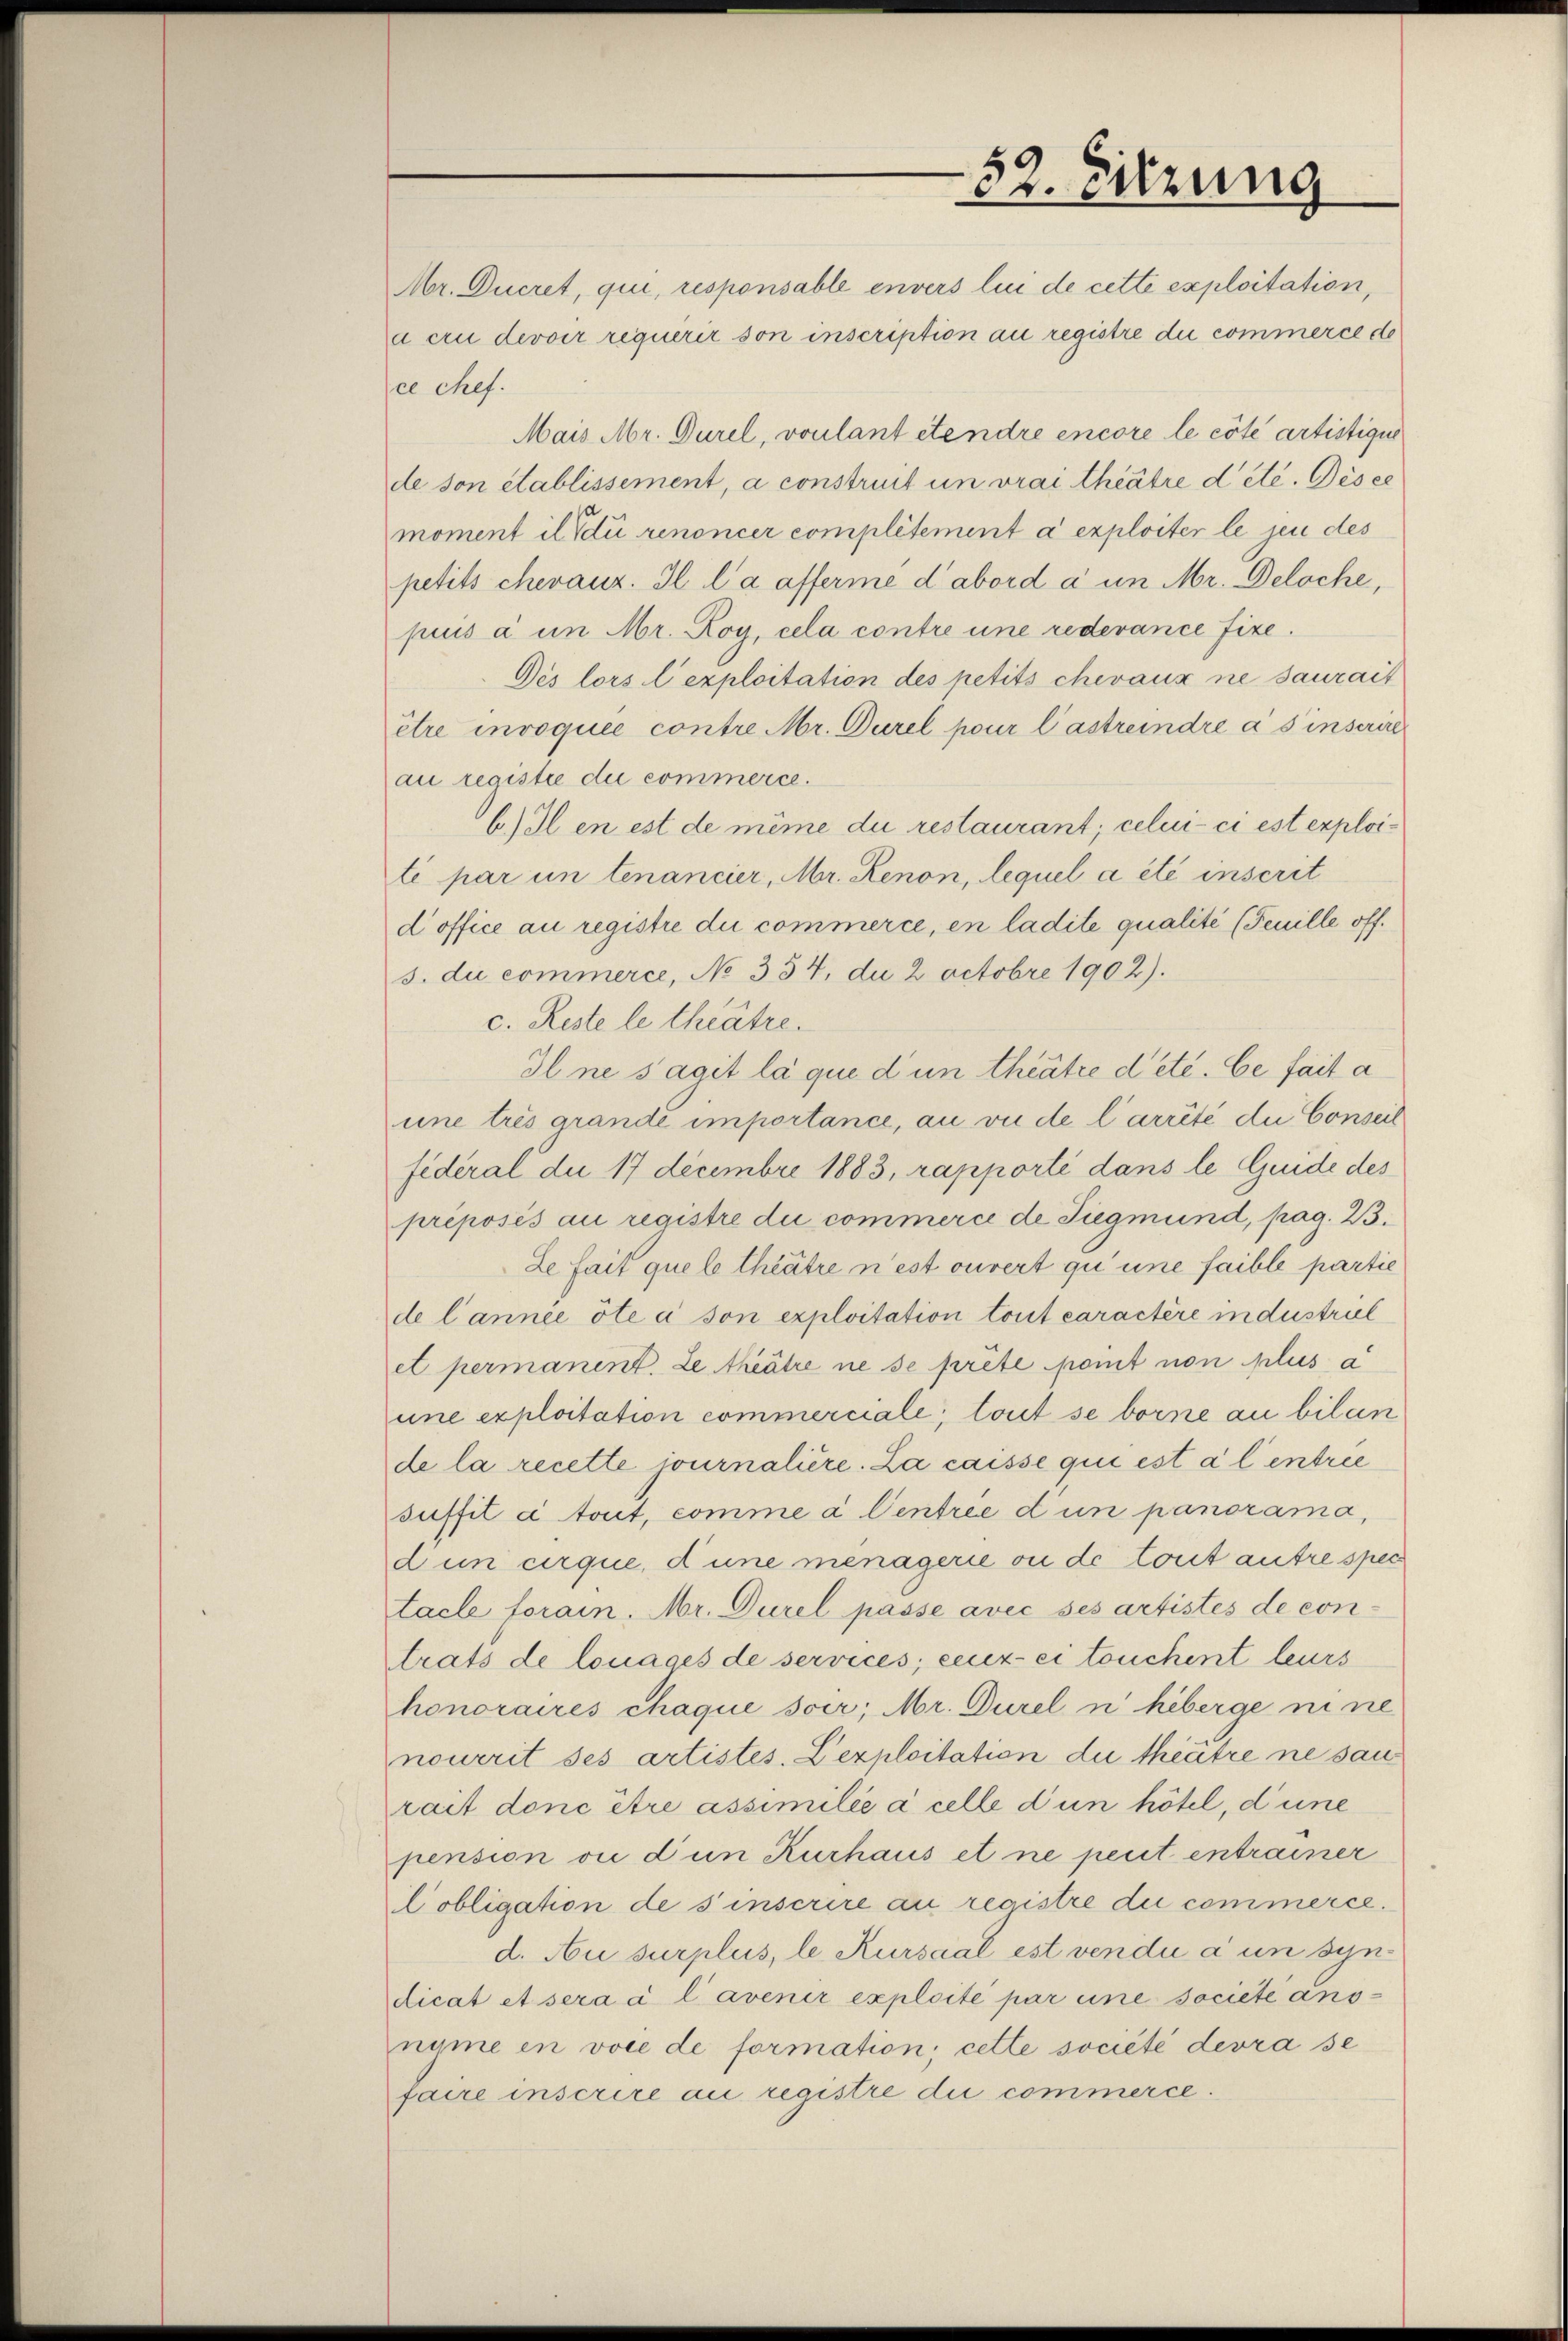
Mr. Ducret, qui, responsable envers lui de cette exploitation,
a cru devoir requérir son inscription au registre du commerce de
ce chef.
Mais Mr. Durel, voulant etendre encore le cote artistigun
de son établissement, à construit un vrai theatre dete. Gesee
moment il di renoncer complétement a exploiter le jene des
petits chevaux. Il l’a afferme d’abord à un Mr. Deloche,
pius à un Mr. Roy, cela contre une redevance fixe
Dés lors l’exploitation des petits chevaux ne saurait
être invoquée contre Mr. Durel pour l’astreindre a s inscrire
au registie die commerce.
b) Il en est de même du restaurant; celui-ci est exploité par un tenancier, Mr. Renon, lequel a été inscrit
d office au registre du commerce, en ladite qualité (Feuille off.
s. du commerce, No 334, da 2 Octobre 1902).
c. Reste le thrätre.
Il ne s’agit la que d’un theatee dete. Ce fait a
une trés grande importance, an vn de l’arrêté die Conseil
fideral du 17 Decembre 1883, rapporti dans le Guide des
préposés au registre du commerce de Siegmund, pag. 23.
Le fait quel theatre n’est ouvert qu une faible partie
de l’année öte à son exploitation tout caractère industriel
et permanent. Le theatre ne se prête pomt non plus a
une exploitation commerciale, tout se borne an bilan
de la recette journalière. La caisse qui est a l entrie
suffit c tout, comme à Centree d un panorama,
dun erque, d’une menagerie ou de tout autre spec
tacle forain. Mr. Durel passe avec ses artistes de contrats de louages de services; ceux-ci touchent leurs
honoraires chaque soer; Mr. Durel n heberge ni ne
nourrit ses artistes. Lexploitation die theitre ne sau
rait donc être assimilie à celle d un hötel, dene
pension vi d’un Kurhaus et ne peut entraiser
obligation de sinscrire au registre du commerce.
d. Au surplus, le Kursaal ist vendii à un syndicat et sera à l’avenir exploité par une societe ansnyme in voce de formation; cette societé devra se
faire inscrire au registre die commerce.

52. Sitzung